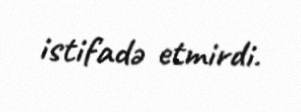
istifadə etmirdi.